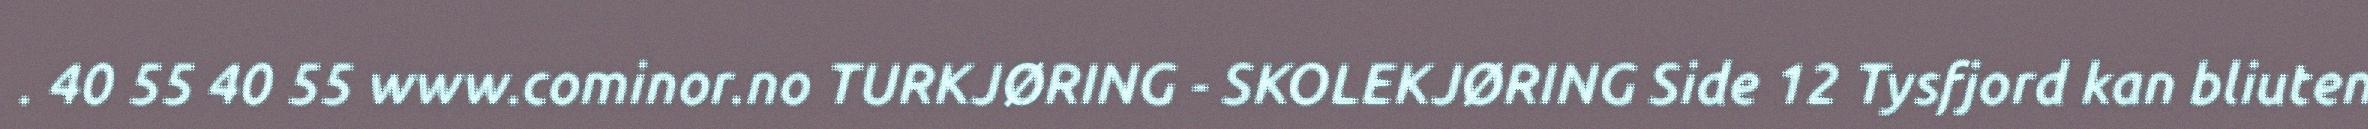
. 40 55 40 55 www.cominor.no TURKJØRING - SKOLEKJØRING Side 12 Tysfjord kan bliuten